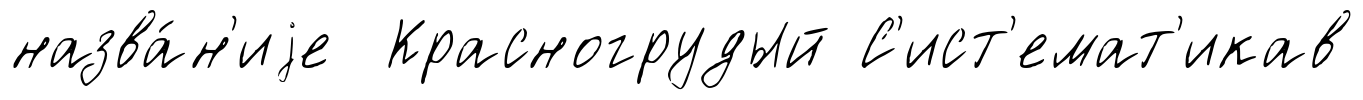
назва́н'иjе Красногрудый С'ист'емат'икав